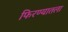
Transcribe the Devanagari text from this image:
फिरण्यातला